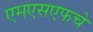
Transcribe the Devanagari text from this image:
एमएसएफचे